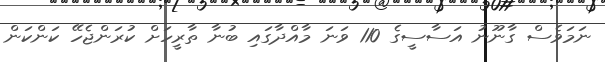
ނަމަވެސް ގާނޫނު އަސާސީގެ 110 ވަނަ މާއްދާގައި ބުނާ ތާރީހަށް ކުރަންޖެހޭ ކަންކަން